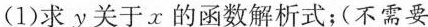
(1)求y关于x的函数解析式；(不需要